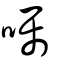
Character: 囑